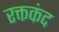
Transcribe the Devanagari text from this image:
रक्तकंद